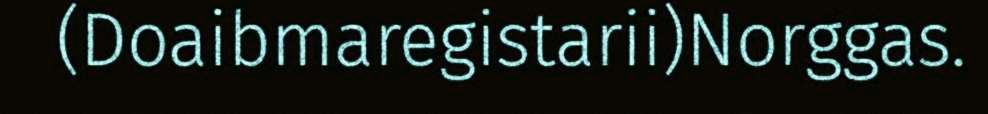
(Doaibmaregistarii)Norggas.